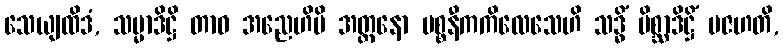
သေယျထိဒံ, သမ္မာဒိဋ္ဌိ တာဝ အညေဟိပိ အတ္တနော ပစ္စနီကကိလေသေဟိ သဒ္ဓိံ မိစ္ဆာဒိဋ္ဌိံ ပဇဟတိ,